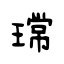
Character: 瑺